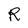
Character: R